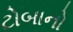
ટોબાનો